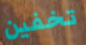
تخفين